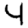
Digit: 4